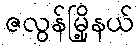
ဇလွန်မြို့နယ်